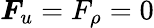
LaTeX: \boldsymbol{F}_{u}=F_{\rho}=0